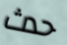
حدث